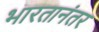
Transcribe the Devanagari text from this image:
भारतानंतर